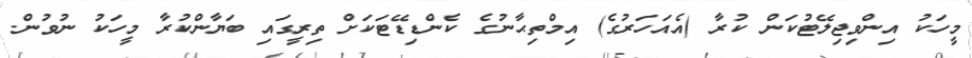
މީހަކު އިންވިޖިލޭޓުކަން ކުރާ (އެއަހަރުގެ) އިމްތިޙާނުގެ ކެންޑިޑޭޓަކަށް ތިރީގައި ބަޔާންކުރާ މީހަކު ނުވުން.